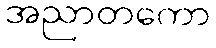
အညာတကော